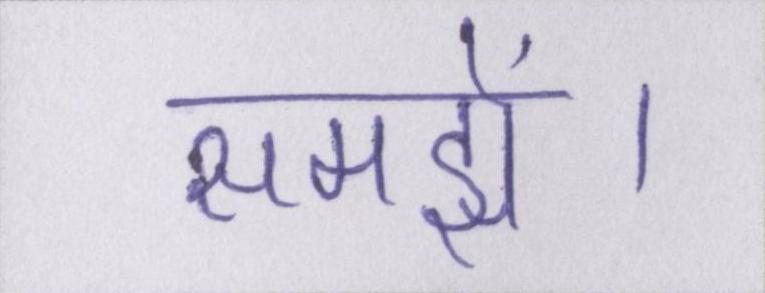
समझें।